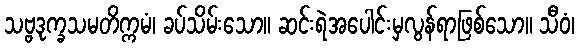
သဗ္ဗဒုက္ခသမတိက္ကမံ၊ ခပ်သိမ်းသော။ ဆင်းရဲအပေါင်းမှလွန်ရာဖြစ်သော။ သီဝံ၊